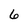
Character: 6